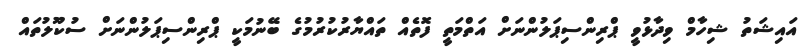
އައިޝަތު ޝިހާމް ވިދާޅުވީ ޕްރިންސިޕަލުންނަށް އަތްމަތީ ފޮތެއް ތައްޔާރުކުރުމުގެ ބޭނުމަކީ ޕްރިންސިޕަލުންނަށް ސުކޫލުތައް